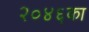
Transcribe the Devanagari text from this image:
२०४६का